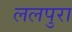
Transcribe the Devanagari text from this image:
ललपुरा